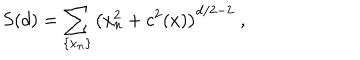
LaTeX: S ( d ) = \sum _ { \{ x _ { n } \} } \left( x _ { n } ^ { 2 } + c ^ { 2 } ( x ) \right) ^ { d / 2 - 2 } \; ,